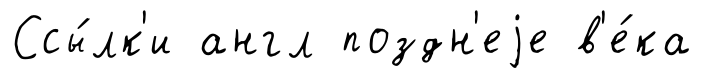
Ссы́лк'и англ поздн'еjе в'е́ка